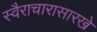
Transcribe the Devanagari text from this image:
स्वैराचारासारखे